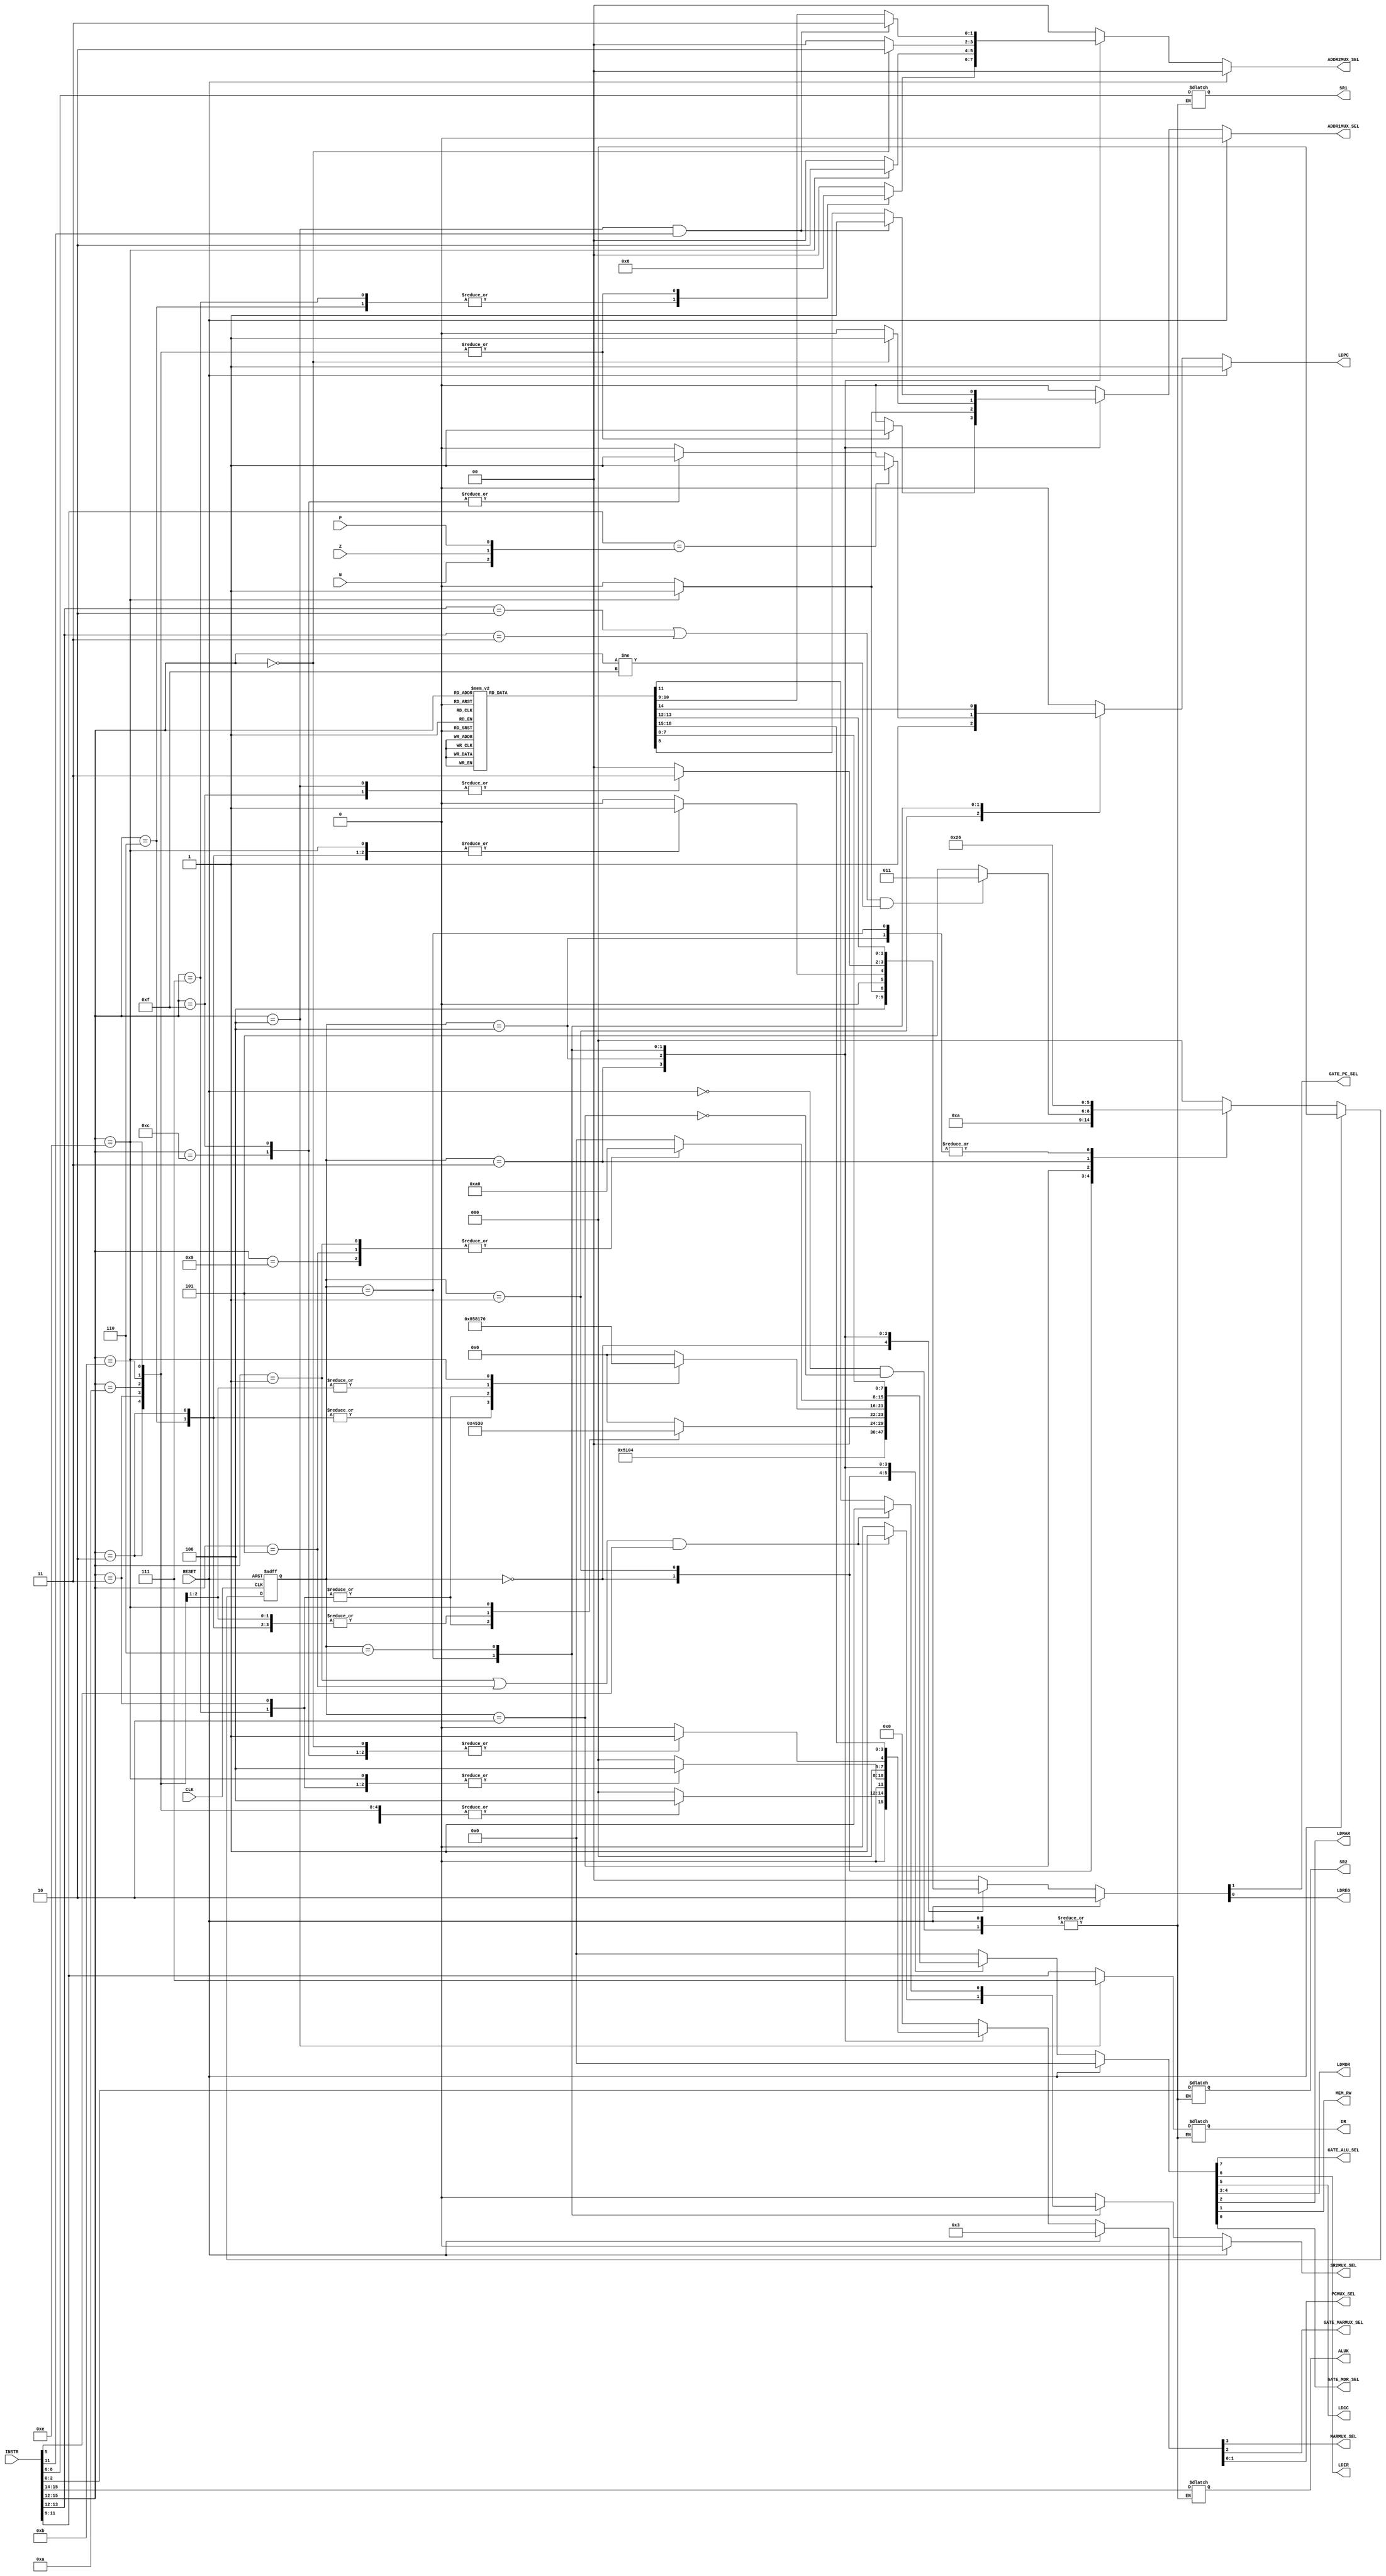
///////////////////////////////////////
// INST[15:12]:Specific instructions
// INST[11]: Addressing mode
// PSR[15]
// BEN: Jump

module fsm_control( RESET, CLK, 
                    INSTR, 
                    N, Z, P, 
                    MARMUX_SEL, 
                    GATE_MARMUX_SEL, 
                    PCMUX_SEL, 
                    LDPC, 
                    GATE_PC_SEL, 
                    SR1, SR2, DR, 
                    LDREG, 
                    SR2MUX_SEL, 
                    ADDR2MUX_SEL, ADDR1MUX_SEL, 
                    ALUK, GATE_ALU_SEL,
                     LDIR, LDCC, 
                     LDMDR, LDMAR, MEM_RW, GATE_MDR_SEL);
    input            RESET;
    input            CLK;
    input [15:0]     INSTR;
    input            N;
    input            Z;
    input            P;
    output           MARMUX_SEL;
    output           GATE_MARMUX_SEL;
    output [1:0]     PCMUX_SEL;
    output           LDPC;
    output           GATE_PC_SEL;
    output [2:0]     SR1;
    reg [2:0]        SR1;
    output [2:0]     SR2;
    reg [2:0]        SR2;
    output [2:0]     DR;
    reg [2:0]        DR;
    output           LDREG;
    output           SR2MUX_SEL;
    output [1:0]     ADDR2MUX_SEL;
    output           ADDR1MUX_SEL;
    output [1:0]     ALUK;
    reg [1:0]        ALUK;
    output           GATE_ALU_SEL;
    output           LDIR;
    output           LDCC;
    output [1:0]     LDMDR;
    output           LDMAR;
    output           MEM_RW;
    output           GATE_MDR_SEL;
    
    
    parameter [2:0] fsm_state_F1 = 0,  // FETCH:  PC
                    fsm_state_F2 = 1,  // FETCH:  PCIRPC
                    fsm_state_D  = 2,  // DECODE: ; 
                    fsm_state_EA = 3,  // EVALUATE ADDRESS 
                    fsm_state_OP = 4,  // FETCH OPERAND
                    fsm_state_EX = 5,  // EXECUTE
                    fsm_state_S  = 6;  // STORE RESULT

    reg [2:0]        CURRENT_STATE;
    reg [2:0]        NEXT_STATE;
    reg [18:0]       CURRENT_SIGNALS;
    wire [3:0]       OPCODE;
    
    assign OPCODE          = INSTR[15:12];
    assign MARMUX_SEL      = CURRENT_SIGNALS[18];
    assign GATE_MARMUX_SEL = CURRENT_SIGNALS[17];
    assign PCMUX_SEL       = CURRENT_SIGNALS[16:15];
    assign LDPC            = CURRENT_SIGNALS[14];
    assign GATE_PC_SEL     = CURRENT_SIGNALS[13];
    assign LDREG           = CURRENT_SIGNALS[12];
    assign SR2MUX_SEL      = CURRENT_SIGNALS[11];
    assign ADDR2MUX_SEL    = CURRENT_SIGNALS[10:9];
    assign ADDR1MUX_SEL    = CURRENT_SIGNALS[8];
    assign GATE_ALU_SEL    = CURRENT_SIGNALS[7];
    assign LDIR            = CURRENT_SIGNALS[6];
    assign LDCC            = CURRENT_SIGNALS[5];
    assign LDMDR           = CURRENT_SIGNALS[4:3];
    assign LDMAR           = CURRENT_SIGNALS[2];
    assign MEM_RW          = CURRENT_SIGNALS[1];
    assign GATE_MDR_SEL    = CURRENT_SIGNALS[0];
    
    
    always @(posedge CLK or posedge RESET)
    begin: sync_proc
        if (RESET == 1'b1)
            CURRENT_STATE <= fsm_state_F1;
        else 
            CURRENT_STATE <= NEXT_STATE;
    end
    
    
    always @(CURRENT_STATE or RESET)
    begin: comb_proc
        if (RESET == 1'b1)
        begin
            CURRENT_SIGNALS <= 19'b0011110000000000000;
            NEXT_STATE <= fsm_state_F1;
        end
        else
        begin
            CURRENT_SIGNALS <= 19'b0000000000000000000;
            $display("\n %m: At time %0t : CURRENT_STATE = %d",$time,CURRENT_STATE);
            case (CURRENT_STATE)
                fsm_state_F1 :// FETCH:  PC
                begin
                    // GATE_PC_SEL, LDMAR : put PC address into memory
                    // LDCC : NZP into CONTROL
                    CURRENT_SIGNALS <= 19'b00_00_010000000010100;
                    NEXT_STATE <= fsm_state_F2;
                end 

                fsm_state_F2 : // FETCH:  PCIRPC
                begin
                    // GATE_MDR_SEL: get instr from memory
                    // LDIR: IR into CONTROL 
                    // LDPC: next PC address into PC
                    CURRENT_SIGNALS <= 19'b00001000000010_00_001;
                    NEXT_STATE <= fsm_state_D;
                end
                
                fsm_state_D :// DECODE: ; 
                begin
                    $display("%m: At time %0t : OPCODE = %b",$time,OPCODE);
                    CURRENT_SIGNALS <= 19'b0000000000000000000;
                        // OPCODE:instructions:
                        // ADD:0001
                        // AND:0101
                        // BR :0000
                        // JMP:1100
                        // JSR:0100
                        // LD :0010
                        // LDI:1010
                        // LDR:0110
                        // LEA:1110
                        // NOT:1001
                        // RTI:1000
                        // ST :0011
                        // STI:1011
                        // STR:0111
                        //TRAP:1111                    
                    if ((OPCODE[1:0] == 2'b10 | OPCODE[1:0] == 2'b11) & OPCODE != 4'b1111)
                        NEXT_STATE <= fsm_state_EA;
                    else
                        NEXT_STATE <= fsm_state_EX;
                    
                    // set ALU mode
                    ALUK <= INSTR[15:14];
                    
                    // source register 
                    SR1 <= INSTR[8:6];
                    SR2 <= INSTR[2:0];
                    
                    // Destination register
                    if (OPCODE == 4'b0100)  // instuction: JSR=0100
                        DR <= 3'b111;
                    else
                        DR <= INSTR[11:9];
                end
                
                fsm_state_EA :// EVALUATE ADDRESS 
                begin
                    case (OPCODE)
                        4'd2:  CURRENT_SIGNALS <= 19'b0100000010100010100;  //-- LD
                        4'd3:  CURRENT_SIGNALS <= 19'b0100000010100000100;  //-- ST
                        4'd6:  CURRENT_SIGNALS <= 19'b0100000001000010100;  //-- LDR
                        4'd7:  CURRENT_SIGNALS <= 19'b0100000001000000100;  //-- STR
                        4'd10: CURRENT_SIGNALS <= 19'b0100000010100010100;  //-- LDI
                        4'd11: CURRENT_SIGNALS <= 19'b0100000010100010100;  //-- STI
                        4'd14: CURRENT_SIGNALS <= 19'b0100001010100110000;  //-- LEA                     
                        default:  CURRENT_SIGNALS <= 19'b0000000000000000000;
                    endcase
                    NEXT_STATE <= fsm_state_OP;
                end
                
                fsm_state_OP :
                begin
                    case (OPCODE)
                        4'd2:  CURRENT_SIGNALS <= 19'b0000001000000100001;  //-- LD
                        4'd3:  CURRENT_SIGNALS <= 19'b0100000000000011000;  //-- ST
                        4'd6:  CURRENT_SIGNALS <= 19'b0000001000000100001;  //-- LDR
                        4'd7:  CURRENT_SIGNALS <= 19'b0100000000000011000;  //-- STR
                        4'd10: CURRENT_SIGNALS <= 19'b0000000000000000101;  //-- LDI
                        4'd11: CURRENT_SIGNALS <= 19'b0000000000000000101;  //-- STI
                        4'd14: CURRENT_SIGNALS <= 19'b0100001010100110000;  //-- LEA                     
                        default:  CURRENT_SIGNALS <= 19'b0000000000000000000;
                    endcase
                    NEXT_STATE <= fsm_state_S;
                end
                
                fsm_state_EX :
                begin
                    case (OPCODE)
                        4'd0: CURRENT_SIGNALS <= 19'b0001000010100000000;   //-- BR
                        4'd1: CURRENT_SIGNALS <= 19'b0000000000010100000;   //-- ADD
                        4'd4: CURRENT_SIGNALS <= 19'b0000011000000000000;   //-- JSR
                        4'd5: CURRENT_SIGNALS <= 19'b0000000000010100000;   //-- AND
                        4'd9: CURRENT_SIGNALS <= 19'b0000000000010100000;   //-- NOT
                        4'd12:CURRENT_SIGNALS <= 19'b0001100000000000000;   //-- JMP
                        4'd15:CURRENT_SIGNALS <= 19'b0001111000000000000;   //-- TRAP
                        default: CURRENT_SIGNALS <= 19'b0000000000000000000;
                    endcase
                    NEXT_STATE <= fsm_state_S;
                    
                    if ((OPCODE == 4'b0001 | OPCODE == 4'b0101) & INSTR[5] == 1'b1)
                        CURRENT_SIGNALS[11] <= 1'b1;
                    
                    if (INSTR[11:9] == {N, Z, P})
                        CURRENT_SIGNALS[14] <= 1'b1;
                end
                
                fsm_state_S :
                begin
                    case(OPCODE)
                        4'd0  :  CURRENT_SIGNALS <= 19'b0001000010100000000;//  -- BR
                        4'd1  :  CURRENT_SIGNALS <= 19'b0000001000010100000;//  -- ADD
                        4'd2  :  CURRENT_SIGNALS <= 19'b0000001000000000001;//  -- LD
                        4'd3  :  CURRENT_SIGNALS <= 19'b0000000000000000010;//  -- ST
                        4'd4  :  CURRENT_SIGNALS <= 19'b0001100000000000000;//  -- JSR
                        4'd5  :  CURRENT_SIGNALS <= 19'b0000001000010100000;//  -- AND
                        4'd6  :  CURRENT_SIGNALS <= 19'b0000001000000000001;//  -- LDR
                        4'd7  :  CURRENT_SIGNALS <= 19'b0000000000000000010;//  -- STR
                        4'd9  :  CURRENT_SIGNALS <= 19'b0000001000010100000;//  -- NOT
                        4'd10 :  CURRENT_SIGNALS <= 19'b0000001000000110001;//  -- LDI
                        4'd11 :  CURRENT_SIGNALS <= 19'b0100000000000011010;//  -- STI
                        4'd12 :  CURRENT_SIGNALS <= 19'b0001000000000000000;//  -- JMP
                        4'd14 :  CURRENT_SIGNALS <= 19'b0100001010100000000;//  -- LEA
                        4'd15 :  CURRENT_SIGNALS <= 19'b0001111000000000000;//  -- TRAP
                        default :  CURRENT_SIGNALS <= 19'b0000000000000000000;
                    endcase
                    NEXT_STATE <= fsm_state_F1;
                    
                    if ((OPCODE == 4'b0001 | OPCODE == 4'b0101) & INSTR[5] == 1'b1)
                        CURRENT_SIGNALS[11] <= 1'b1;
                    
                    if (OPCODE == 4'b0100 & INSTR[11] == 1'b1)
                    begin
                        CURRENT_SIGNALS[8] <= 1'b1;
                        CURRENT_SIGNALS[10:9] <= 2'b11;
                    end
                end
                
                default :
                begin
                    CURRENT_SIGNALS <= {19{1'b0}};
                    NEXT_STATE <= fsm_state_F1;
                end
            endcase
        end
    end

endmodule

module fsm_control_tb;
    reg CLK,RESET;

    fsm_control U_fsm_control(.CLK(CLK),.RESET(RESET));

    always #10 CLK=~CLK;
    initial begin
        CLK=1;
        RESET =1;
        #50 RESET = 0;
    end

endmodule